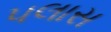
પલાસ